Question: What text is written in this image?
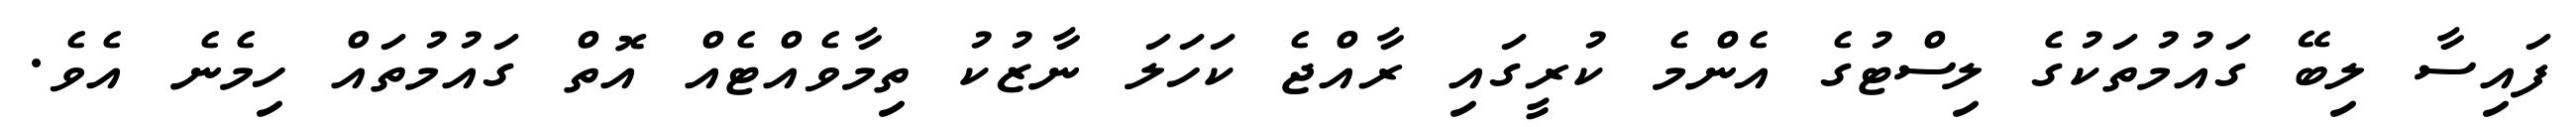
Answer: ފައިސާ ލިބޭ ގައުމުތަކުގެ ލިސްޓުގެ އެންމެ ކުރީގައި ރާއްޖެ ކަހަލަ ނާޒުކު ތިމާވެއްޓެއް އޮތް ގައުމުތައް ހިމެނެ އެވެ.